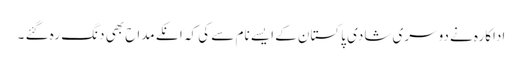
اداکارہ نے دوسری شادی پاکستان کے ایسے نام سے کی کہ انکے مداح بھی دنگ رہ گئے ۔